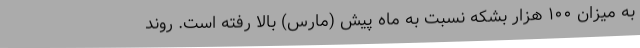
به میزان ۱۰۰ هزار بشکه نسبت به ماه پیش (مارس) بالا رفته است. روند